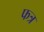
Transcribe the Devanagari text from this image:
फत्र